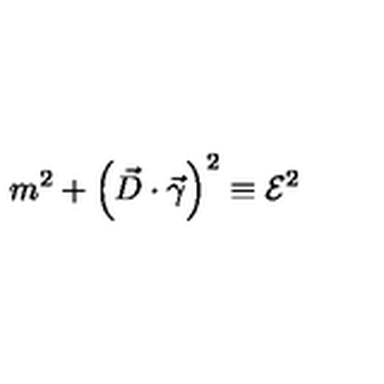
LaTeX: m ^ { 2 } + \left( \vec { D } \cdot \vec { \gamma } \right) ^ { 2 } \equiv { \cal E } ^ { 2 }